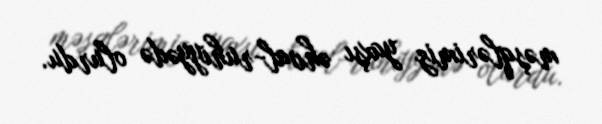
məşqlərimiz yaxşı əhval-ruhiyyədə olurdu.